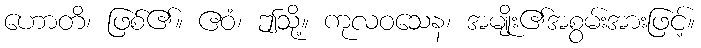
ဟောတိ၊ ဖြစ်၏။ ဧဝံ၊ ဤသို့။ ကုလဝသေန၊ အမျိုး၏အစွမ်းအားဖြင့်။